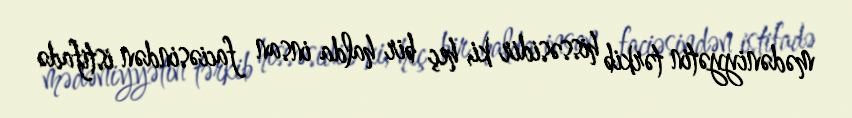
mədəniyyətin tərkib hissəsidir ki, heç bir halda insan faciəsindən istifadə